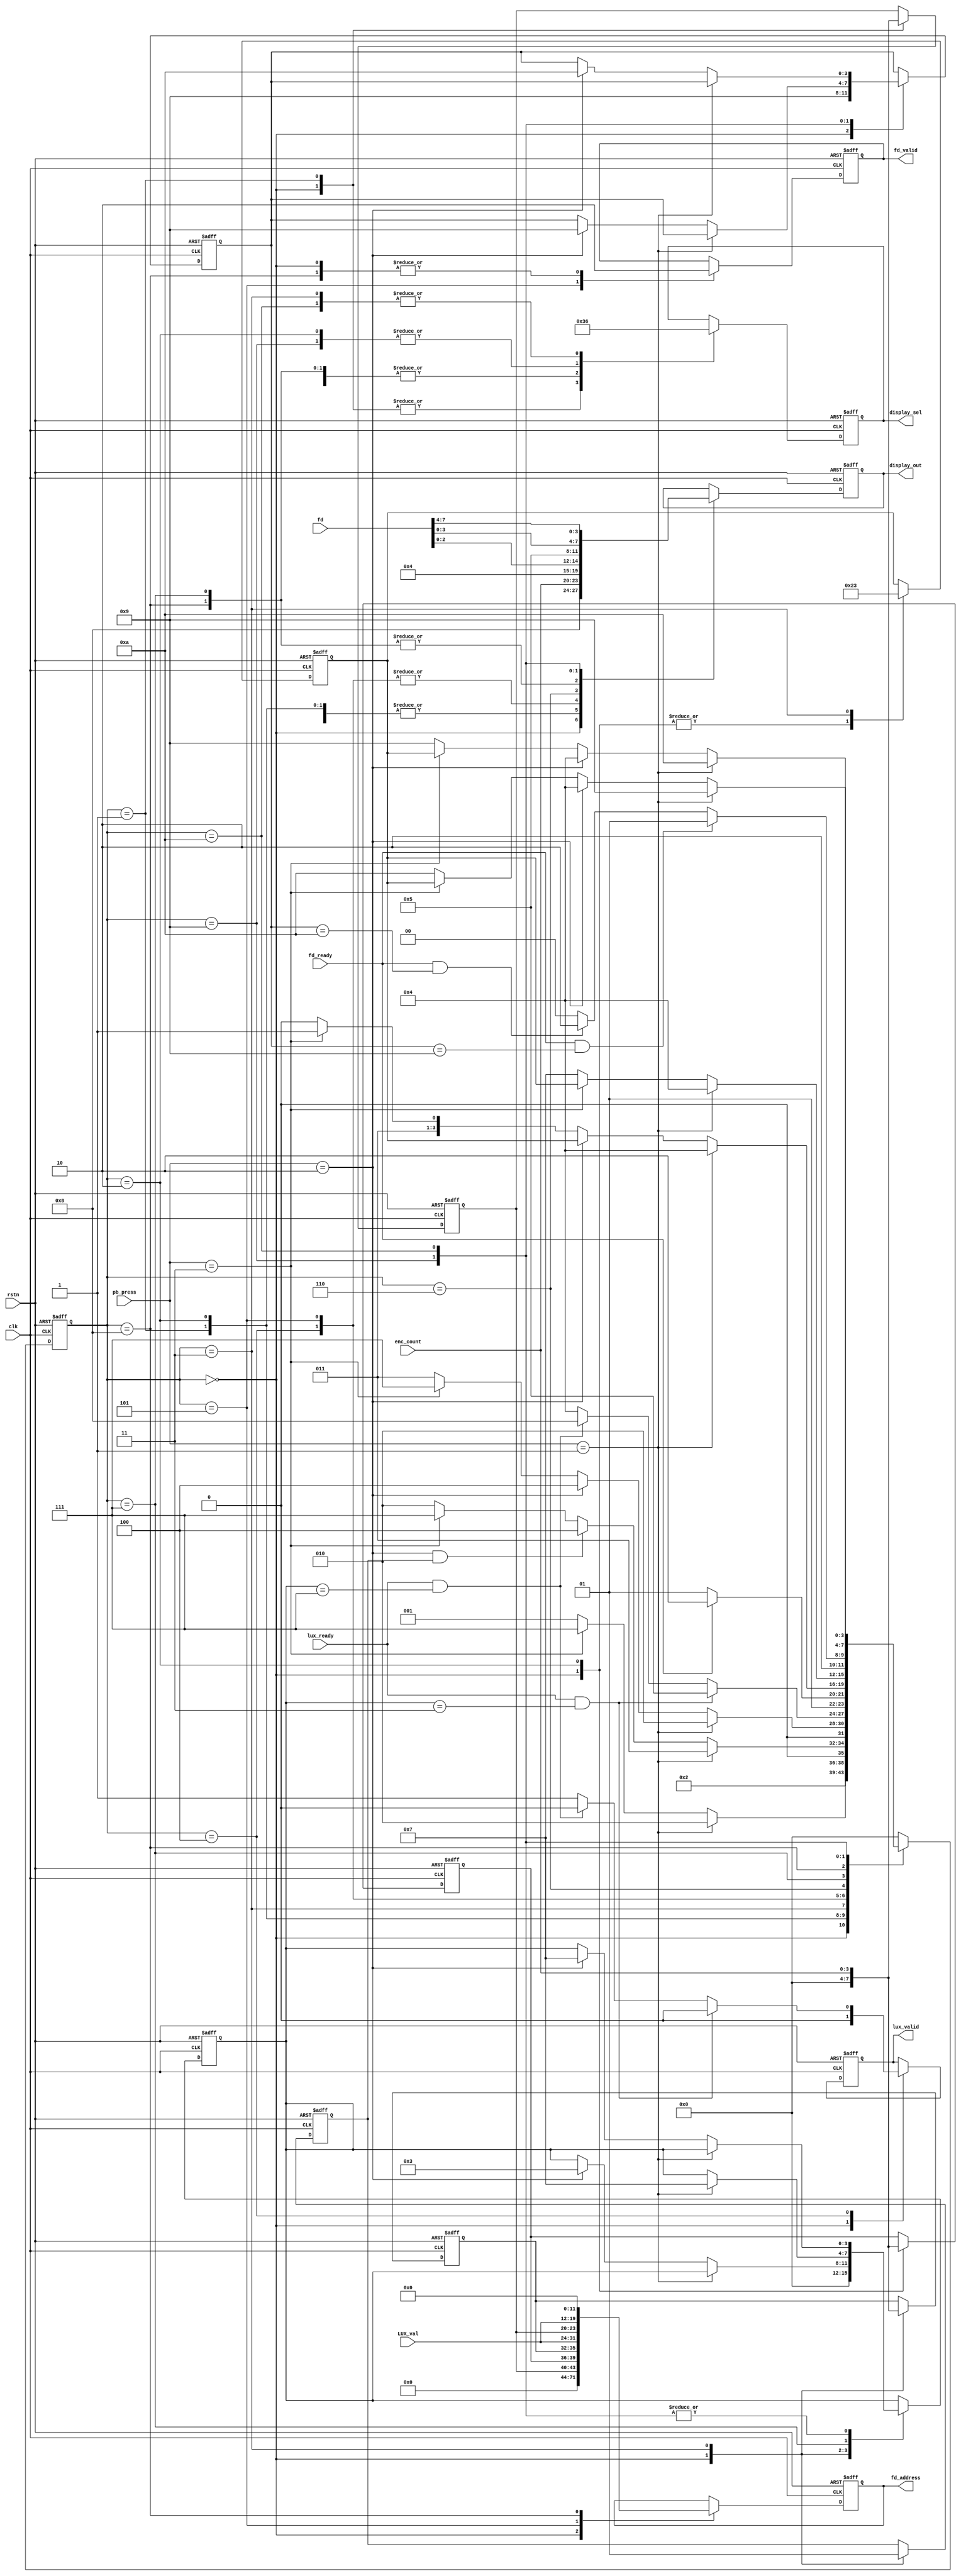
/*******************************************************************
* Module Name: Finite State Machine
*
* Description:
* This module [briefly describe the module's purpose and functionality].
* [Optional: Additional notes on functionality, special cases, or constraints.]
*
* Inputs:
* clk - 1-bit clock input signal for synchronizing the module's operations.
* rstn - 1-bit active low reset signal for initializing or resetting the module's internal state.
* [Document other inputs here if applicable...]
*
* Outputs:
* [Document outputs here if applicable...]
*
*******************************************************************/


module fsm (
   input   clk,
   input   rstn,

   input   [1:0] pb_press,
   input   [3:0] enc_count,

   input [7:0] LUX_val,
   input lux_ready,
   output reg lux_valid,

   input [7:0] fd,
   input fd_ready,
   output reg [23:0] fd_address,
   output reg fd_valid,

   output reg [3:0] display_out,
   output reg [1:0] display_sel
);


   parameter IDLE  = 4'b0000;
   parameter ISO_SEL = 4'b0001;
   parameter SS_SEL  = 4'b0010;
   parameter F_SEL  = 4'b0011;
   parameter EXP_METER = 4'b0100;
   parameter EXP_LUT = 4'b0101;
   parameter EXP_DISP  = 4'b0110;
   parameter AUTO_MODE  = 4'b0111;
   parameter AUTO_LUT = 4'b1000;
   parameter AUTO_DISP_SS = 4'b1001;
   parameter AUTO_DISP_F = 4'b1010;

   reg [3:0] current_state;
   reg [3:0] previous_state;
   reg [3:0] last_normal_state;
   reg [3:0] last_auto_state;
   reg F_set_flag;

   reg [3:0] ISO_val;
   reg [3:0] SS_val;
   reg [3:0] F_val;

   always @(posedge clk or negedge rstn)
      if (!rstn) begin
         current_state <= IDLE;
         previous_state <= IDLE;
         last_normal_state <= SS_SEL;
         last_auto_state <= AUTO_DISP_SS;
         fd_address <= 24'b000000000000000000000000;
         fd_valid <= 1'b0;
         ISO_val <= 4'b0000;
         SS_val <= 4'b0000;
         F_val <= 4'b0000;
         display_out <= 4'b0000;
         display_sel <= 2'b00;
         lux_valid <= 1'b0;
         F_set_flag <= 1'b0;
      end
      else
         case (current_state)
            IDLE: begin
               current_state <= ISO_SEL;
               previous_state <= IDLE;
               last_normal_state <= SS_SEL;
               last_auto_state <= AUTO_DISP_SS;
               fd_address <= 24'b000000000000000000000000;
               fd_valid <= 1'b0;
               ISO_val <= 4'b0000;
               SS_val <= 4'b0000;
               F_val <= 4'b0000;
               display_out <= 4'b1000;
               display_sel <= 2'b00;
               lux_valid <= 1'b0;
               F_set_flag <= 1'b0;
            end

            ISO_SEL: begin
               if (pb_press == 2'b01)
                  current_state <= SS_SEL;
               else if (pb_press == 2'b11)
                  current_state <= AUTO_MODE;
               else
                  current_state <= ISO_SEL;
               ISO_val <= enc_count;
               display_sel <= 2'b00;
               display_out <= enc_count;
            end

            SS_SEL: begin
               if (pb_press == 2'b01)
                  current_state <= F_SEL;
               else if (pb_press == 2'b10 && F_set_flag)
                  current_state <= EXP_METER;
               else if (pb_press == 2'b11)
                  current_state <= AUTO_MODE;
               else
                  current_state <= SS_SEL;
               last_normal_state <= SS_SEL;
               SS_val <= enc_count;
               display_sel <= 2'b01;
               display_out <= enc_count;
            end

            F_SEL: begin
               if (pb_press == 2'b01)
                  current_state <=  SS_SEL;
               else if (pb_press == 2'b10) begin
                  previous_state <= F_SEL;
                  current_state <= EXP_METER;
               end else if (pb_press == 2'b11)
                  current_state <= AUTO_MODE;
               else
                  current_state <= F_SEL;
               F_set_flag <= 1'b1;
               last_normal_state <= F_SEL;
               F_val <= enc_count;
               display_sel <= 2'b10;
               display_out <= enc_count;
            end

            EXP_METER: begin
               if (lux_ready == 1'b1 && previous_state == F_SEL) begin
                  current_state <= EXP_LUT;
                  lux_valid <= 1'b0;
               end else if (lux_ready == 1'b1 && previous_state == AUTO_MODE) begin
                  current_state <= AUTO_LUT;
                  lux_valid <= 1'b0;
               end else begin
                  current_state <= EXP_METER;
                  lux_valid <= 1'b1;
               end
               display_sel <= 2'b11;
               display_out <= 4'b0010;
            end

            EXP_LUT: begin
               if (fd_ready) begin
                  current_state <= EXP_DISP;
                  fd_valid <= 1'b0;
               end else
                  current_state <= EXP_LUT;
               fd_address <= {4'b0000, ISO_val, SS_val, F_val, LUX_val};
               fd_valid <= 1'b1;
               display_sel <= 2'b11;
               display_out <= 4'b0010;
            end

            EXP_DISP: begin
               if(pb_press == 2'b01)
                  current_state <= EXP_METER;
               else if (pb_press == 2'b10)
                  current_state <= last_normal_state;
               else if (pb_press == 2'b11)
                  current_state <= AUTO_MODE;
               else
                  current_state <= EXP_DISP;
               display_sel <= 2'b11;
               display_out <= {1'b0, fd[2:0]};
            end

            AUTO_MODE: begin
               if (pb_press == 2'b01) begin
                  previous_state <= AUTO_MODE;
                  current_state <= EXP_METER;
               end else if (pb_press == 2'b11)
                  current_state <= last_normal_state;
               else
                  current_state <= AUTO_MODE;
               display_sel <= 2'b11;
               display_out <= 4'b0101;
            end

            AUTO_LUT: begin
               if (fd_ready && (last_auto_state == AUTO_DISP_SS)) begin
                  current_state <= AUTO_DISP_SS;
                  fd_valid <= 1'b0;
               end else if (fd_ready && (last_auto_state == AUTO_DISP_F)) begin
                  current_state <= AUTO_DISP_F;
                  fd_valid <= 1'b0;
               end else
                  current_state <= AUTO_LUT;
               fd_address <= {ISO_val, LUX_val, 12'b000000000000};
               fd_valid <= 1'b0;
               display_sel <= 2'b11;
               display_out <= 4'b0101;
            end

            AUTO_DISP_SS: begin
               if (pb_press == 2'b01)
                  current_state <= AUTO_DISP_F;
               else if (pb_press == 2'b10) begin
                  previous_state <= AUTO_MODE;
                  last_auto_state <= AUTO_DISP_SS;
                  current_state <= EXP_METER;
               end else if (pb_press == 2'b11)
                  current_state <= last_normal_state;
               else
                  current_state <= AUTO_DISP_SS;
               display_sel <= 2'b01;
               display_out <= fd[3:0];
            end

            AUTO_DISP_F: begin
               if (pb_press == 2'b01)
                  current_state <= AUTO_DISP_SS;
               else if (pb_press == 2'b10) begin
                  previous_state <= AUTO_MODE;
                  last_auto_state <= AUTO_DISP_F;
                  current_state <= EXP_METER;
               end else if (pb_press == 2'b11)
                  current_state <= last_normal_state;
               else
                  current_state <= AUTO_DISP_F;
               display_sel <= 2'b10;
               display_out <= fd[7:4];
            end

            default : begin  // Fault Recovery
               current_state <= IDLE;
            end
         endcase

endmodule